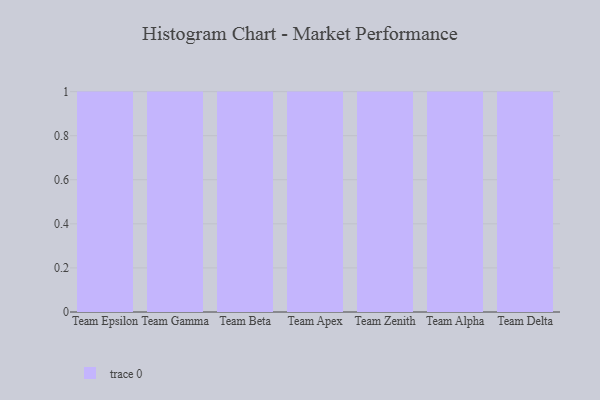
{"axis": {"x": "Team", "y": "Revenue (USD Million)"}, "legend": [""], "data": [{"x": "Team Epsilon", "y": 73, "type": ""}, {"x": "Team Gamma", "y": 67, "type": ""}, {"x": "Team Beta", "y": 100, "type": ""}, {"x": "Team Apex", "y": 6, "type": ""}, {"x": "Team Zenith", "y": 11, "type": ""}, {"x": "Team Alpha", "y": 29, "type": ""}, {"x": "Team Delta", "y": 13, "type": ""}]}